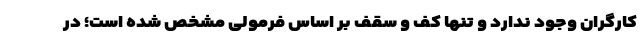
کارگران وجود ندارد و تنها کف و سقف بر اساس فرمولی مشخص شده است؛ در